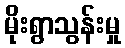
မိုးရွာသွန်းမှု